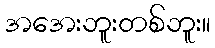
အအေးဘူးတစ်ဘူး။